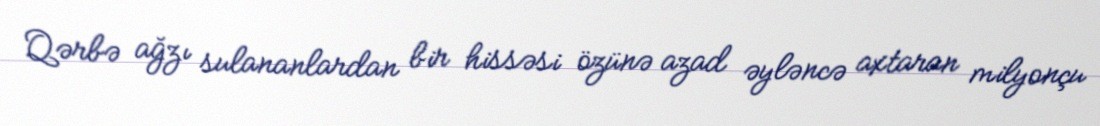
Qərbə ağzı sulananlardan bir hissəsi özünə azad əyləncə axtaran milyonçu